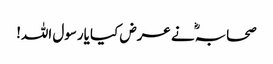
صحابہؓ نے عرض کیا یارسول اللہ!